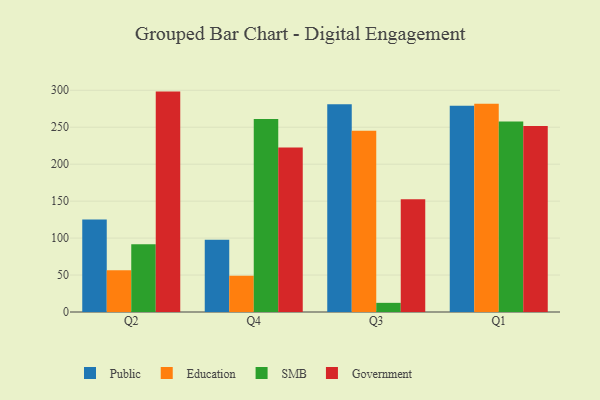
{"axis": {"x": "Quarter", "y": "LTV (USD)"}, "legend": ["Education", "Government", "Public", "SMB"], "data": [{"x": "Q2", "y": 125.3, "type": "Public"}, {"x": "Q2", "y": 56.6, "type": "Education"}, {"x": "Q2", "y": 91.6, "type": "SMB"}, {"x": "Q2", "y": 298.2, "type": "Government"}, {"x": "Q4", "y": 97.6, "type": "Public"}, {"x": "Q4", "y": 49.2, "type": "Education"}, {"x": "Q4", "y": 261.2, "type": "SMB"}, {"x": "Q4", "y": 222.7, "type": "Government"}, {"x": "Q3", "y": 281.1, "type": "Public"}, {"x": "Q3", "y": 245.1, "type": "Education"}, {"x": "Q3", "y": 12.4, "type": "SMB"}, {"x": "Q3", "y": 152.6, "type": "Government"}, {"x": "Q1", "y": 278.9, "type": "Public"}, {"x": "Q1", "y": 281.9, "type": "Education"}, {"x": "Q1", "y": 257.8, "type": "SMB"}, {"x": "Q1", "y": 251.6, "type": "Government"}]}